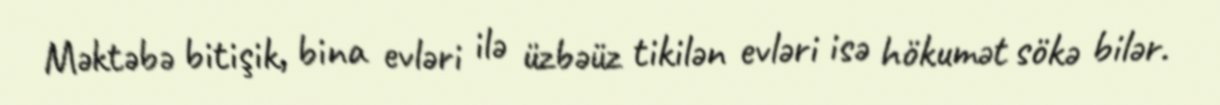
Məktəbə bitişik, bina evləri ilə üzbəüz tikilən evləri isə hökumət sökə bilər.